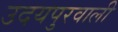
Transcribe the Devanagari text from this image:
उदयपुरवाली